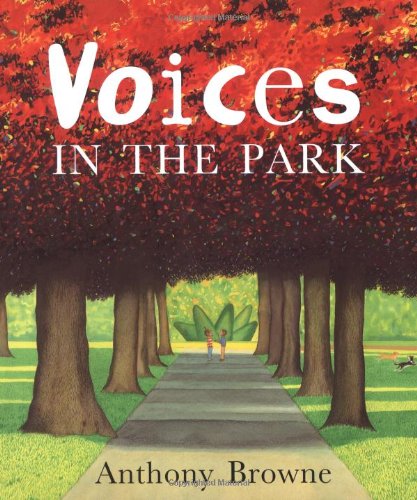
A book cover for Voices in the Park; DK Publishing; Children's Books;